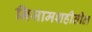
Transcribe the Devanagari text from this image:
निजामशहीतील